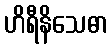
ဟိရီနိသေဓာ